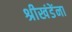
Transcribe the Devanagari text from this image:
श्रीखंडेंना